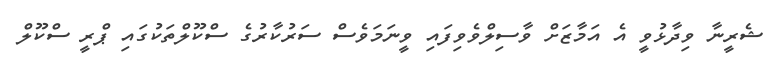
ޝެރީނާ ވިދާޅުވީ އެ އަމާޒަށް ވާސިލްވެވިފައި ވީނަމަވެސް ސަރުކާރުގެ ސްކޫލްތަކުގައި ޕްރީ ސްކޫލް